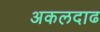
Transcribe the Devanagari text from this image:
अकलदाढ